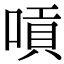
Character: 嗊